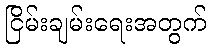
ငြိမ်းချမ်းရေးအတွက်